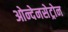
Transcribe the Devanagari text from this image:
ओन्देनसेट्रोन